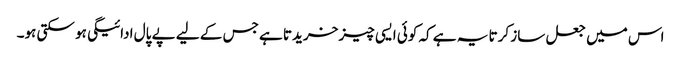
اس میں جعل ساز کرتا یہ ہے کہ کوئی ایسی چیز خریدتا ہے جس کے لیے پے پال ادائیگی ہو سکتی ہو۔